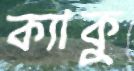
ক্যাকু